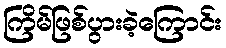
ကြိမ်ဖြစ်ပွားခဲ့ကြောင်း